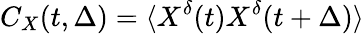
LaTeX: C_{X}(t,\Delta)=\langle X^{\delta}(t)X^{\delta}(t+\Delta)\rangle